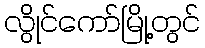
လွိုင်ကော်မြို့တွင်